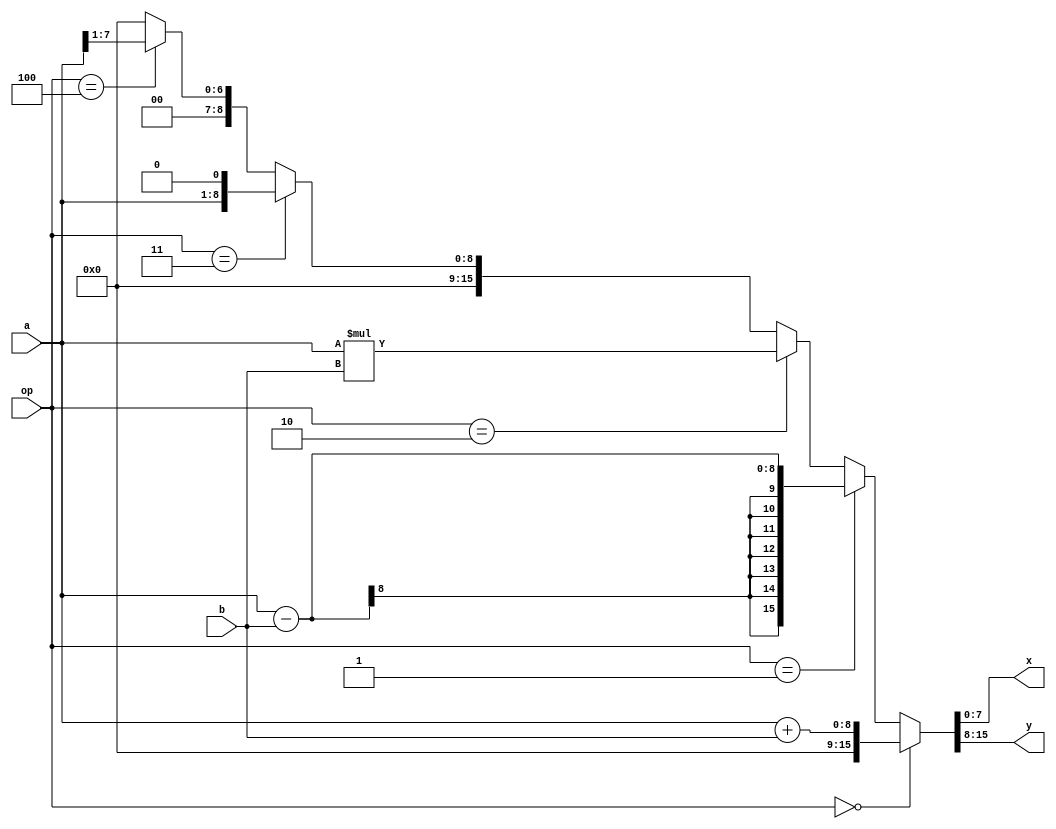
`timescale 1ns / 1ps
//////////////////////////////////////////////////////////////////////////////////
// Company: 
// Engineer: 
// 
// Design Name: 
// Module Name: ALU
// Project Name: 
// Target Devices: 
// Tool Versions: 
// Description: 
// 
// Dependencies: 
// 
// Revision:
// Revision 0.01 - File Created
// Additional Comments:
// 
//////////////////////////////////////////////////////////////////////////////////


module ALU(
    input [7:0] a,      //Operand A
    input [7:0] b,      //Operand B
    input [2:0] op,     //Operation Selection
    output [7:0] x,     //Result
    output [7:0] y      //Carry
    );
    
    assign {y,x} = (op==0) ? (a + b)       : (                        //Addition
                   (op==1) ? (a - b)       : (                        //Subtraction
                   (op==2) ? (a * b)       : (                        //Multiplication
                   (op==3) ? {7'b0,a,1'b0} : (                  //Left Shift
                   (op==4) ? {9'b0,a[7:1]} : 16'b0))));    //Right Shift
endmodule